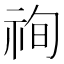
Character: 𥙣